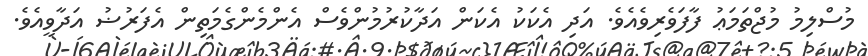
މުސްލިމު މުޖްތަމަޢު ފާފަވެރިވެއެވެ. އަދި އެކަކު އެކަން އަދާކުރުމުންވެސް އެންމެންގެމަތިން އެފަރުޟު އަދާވީއެވެ.